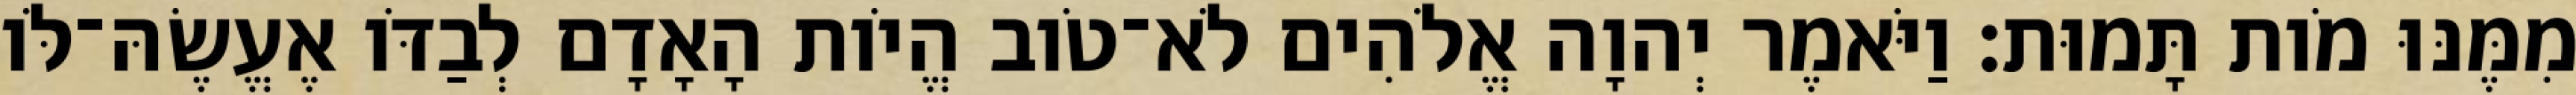
מִמֶּנּוּ מֹות תָּמוּת׃ וַיֹּאמֶר יְהוָה אֱלֹהִים לֹא־טֹוב הֱיֹות הָאָדָם לְבַדֹּו אֶעֱשֶׂהּ־לֹּו